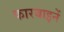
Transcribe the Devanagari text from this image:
कारबाइनें